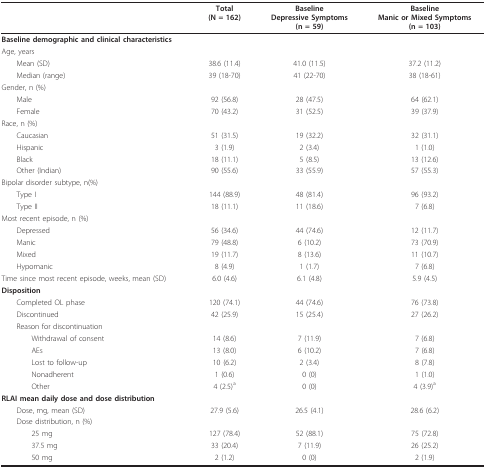
<table><thead><tr><td></td><td><b>Total(N = 162)</b></td><td><b>BaselineDepressive Symptoms(n = 59)</b></td><td><b>BaselineManic or Mixed Symptoms(n = 103)</b></td></tr></thead><tbody><tr><td colspan="4"><b>Baseline demographic and clinical characteristics</b></td></tr><tr><td>Age, years</td><td></td><td></td><td></td></tr><tr><td> Mean (SD)</td><td>38.6 (11.4)</td><td>41.0 (11.5)</td><td>37.2 (11.2)</td></tr><tr><td> Median (range)</td><td>39 (18-70)</td><td>41 (22-70)</td><td>38 (18-61)</td></tr><tr><td>Gender, n (%)</td><td></td><td></td><td></td></tr><tr><td> Male</td><td>92 (56.8)</td><td>28 (47.5)</td><td>64 (62.1)</td></tr><tr><td> Female</td><td>70 (43.2)</td><td>31 (52.5)</td><td>39 (37.9)</td></tr><tr><td>Race, n (%)</td><td></td><td></td><td></td></tr><tr><td> Caucasian</td><td>51 (31.5)</td><td>19 (32.2)</td><td>32 (31.1)</td></tr><tr><td> Hispanic</td><td>3 (1.9)</td><td>2 (3.4)</td><td>1 (1.0)</td></tr><tr><td> Black</td><td>18 (11.1)</td><td>5 (8.5)</td><td>13 (12.6)</td></tr><tr><td> Other (Indian)</td><td>90 (55.6)</td><td>33 (55.9)</td><td>57 (55.3)</td></tr><tr><td>Bipolar disorder subtype, n(%)</td><td></td><td></td><td></td></tr><tr><td> Type I</td><td>144 (88.9)</td><td>48 (81.4)</td><td>96 (93.2)</td></tr><tr><td> Type II</td><td>18 (11.1)</td><td>11 (18.6)</td><td>7 (6.8)</td></tr><tr><td>Most recent episode, n (%)</td><td></td><td></td><td></td></tr><tr><td> Depressed</td><td>56 (34.6)</td><td>44 (74.6)</td><td>12 (11.7)</td></tr><tr><td> Manic</td><td>79 (48.8)</td><td>6 (10.2)</td><td>73 (70.9)</td></tr><tr><td> Mixed</td><td>19 (11.7)</td><td>8 (13.6)</td><td>11 (10.7)</td></tr><tr><td> Hypomanic</td><td>8 (4.9)</td><td>1 (1.7)</td><td>7 (6.8)</td></tr><tr><td>Time since most recent episode, weeks, mean (SD)</td><td>6.0 (4.6)</td><td>6.1 (4.8)</td><td>5.9 (4.5)</td></tr><tr><td colspan="4"><b>Disposition</b></td></tr><tr><td> Completed OL phase</td><td>120 (74.1)</td><td>44 (74.6)</td><td>76 (73.8)</td></tr><tr><td> Discontinued</td><td>42 (25.9)</td><td>15 (25.4)</td><td>27 (26.2)</td></tr><tr><td> Reason for discontinuation</td><td></td><td></td><td></td></tr><tr><td>Withdrawal of consent</td><td>14 (8.6)</td><td>7 (11.9)</td><td>7 (6.8)</td></tr><tr><td>AEs</td><td>13 (8.0)</td><td>6 (10.2)</td><td>7 (6.8)</td></tr><tr><td>Lost to follow-up</td><td>10 (6.2)</td><td>2 (3.4)</td><td>8 (7.8)</td></tr><tr><td>Nonadherent</td><td>1 (0.6)</td><td>0 (0)</td><td>1 (1.0)</td></tr><tr><td>Other</td><td>4 (2.5)<sup>a</sup></td><td>0 (0)</td><td>4 (3.9)<sup>a</sup></td></tr><tr><td colspan="4"><b>RLAI mean daily dose and dose distribution</b></td></tr><tr><td> Dose, mg, mean (SD)</td><td>27.9 (5.6)</td><td>26.5 (4.1)</td><td>28.6 (6.2)</td></tr><tr><td> Dose distribution, n (%)</td><td></td><td></td><td></td></tr><tr><td>25 mg</td><td>127 (78.4)</td><td>52 (88.1)</td><td>75 (72.8)</td></tr><tr><td>37.5 mg</td><td>33 (20.4)</td><td>7 (11.9)</td><td>26 (25.2)</td></tr><tr><td>50 mg</td><td>2 (1.2)</td><td>0 (0)</td><td>2 (1.9)</td></tr></tbody></table>